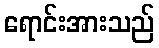
ရောင်းအားသည်